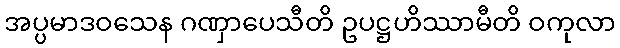
အပ္ပမာဒဝသေန ဂဏှာပေသီတိ ဥပဋ္ဌဟိဿာမီတိ ဝကုလာ